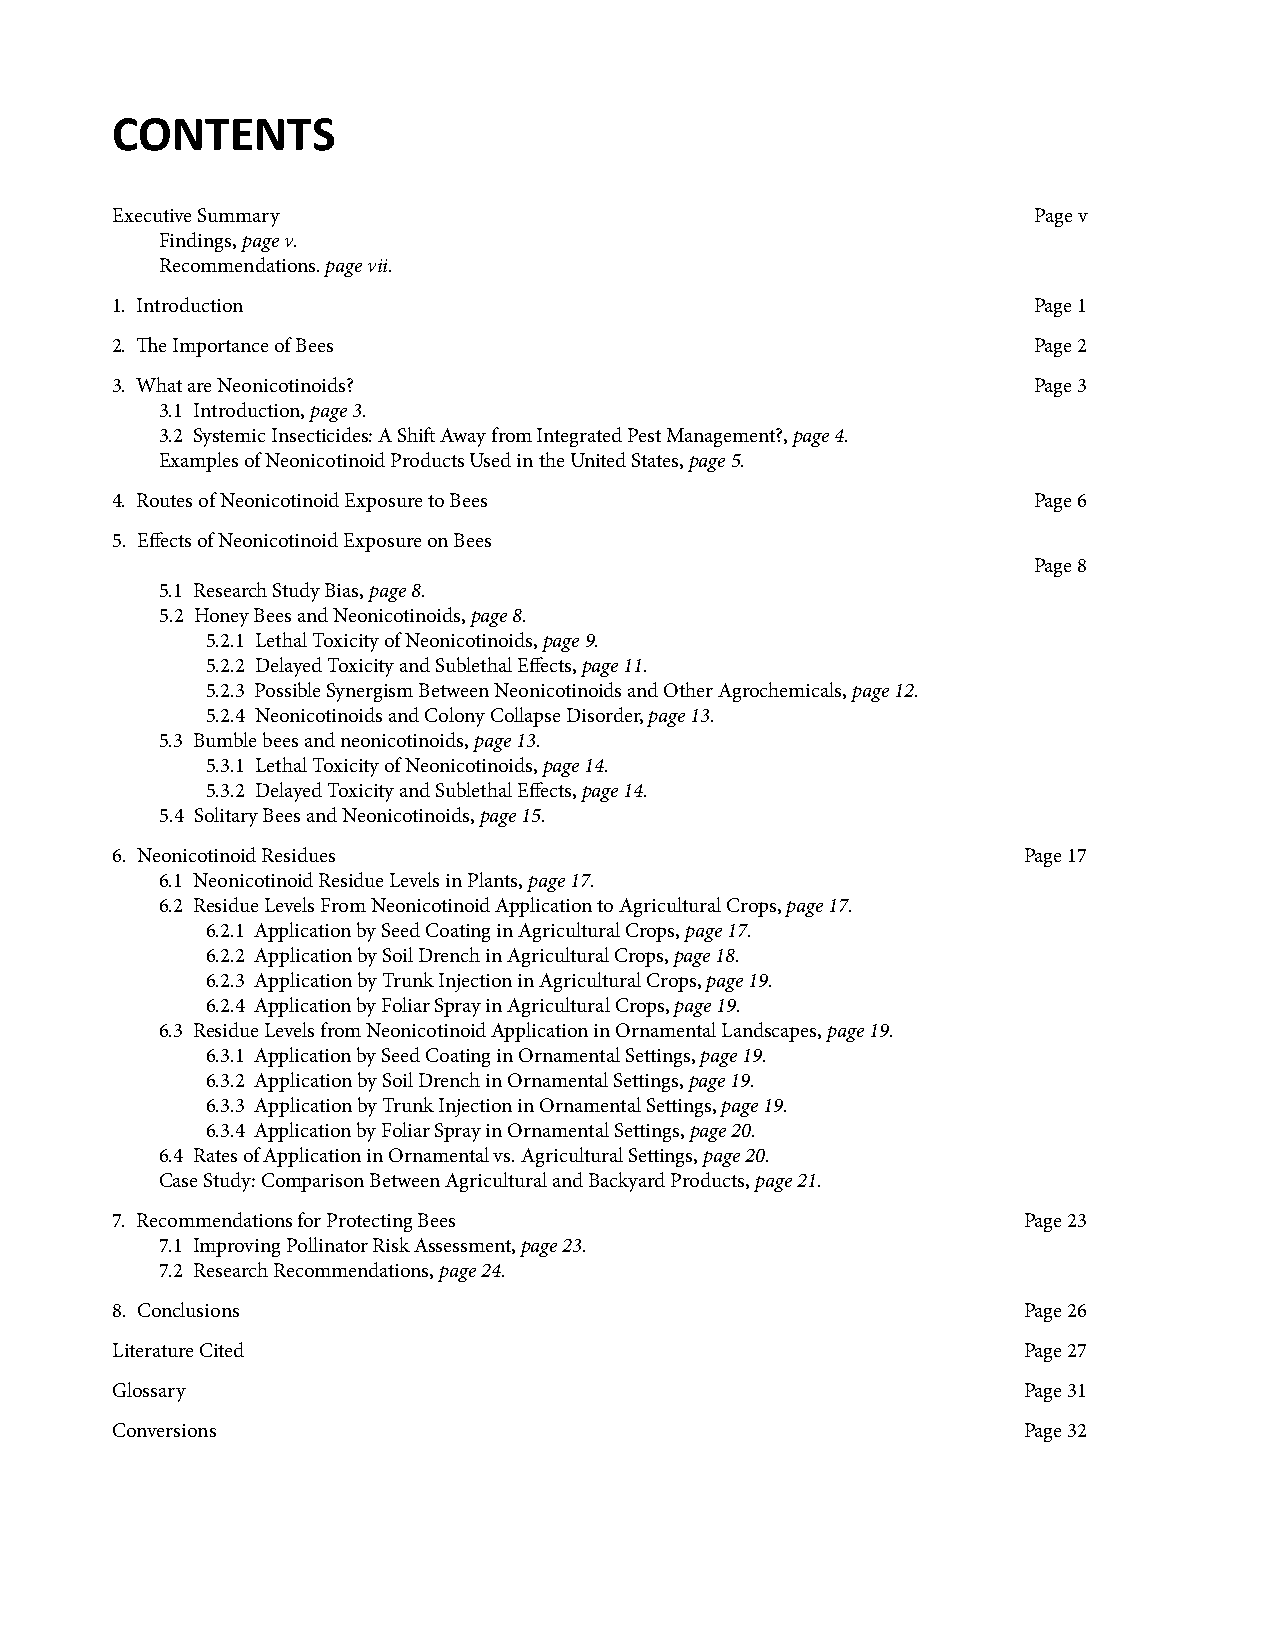
CONTENTS
 Executive Summary                                            Page v
 Findings, page v.
 Recommendations. page vii.
 1. Introduction                                              Page 1
 2. The Importance of Bees                                    Page 2
 3. What are Neonicotinoids?                                  Page 3
 3.1 Introduction, page 3.
 3.2 Systemic Insecticides: A Shift Away from Integrated Pest Management?, page 4.
 Examples of Neonicotinoid Products Used in the United States, page 5.
 4. Routes of Neonicotinoid Exposure to Bees                  Page 6
 5. Effects of Neonicotinoid Exposure on Bees
 Page 8
 5.1 Research Study Bias, page 8.
 5.2 Honey Bees and Neonicotinoids, page 8.
 5.2.1 Lethal Toxicity of Neonicotinoids, page 9.
 5.2.2 Delayed Toxicity and Sublethal Effects, page 11.
 5.2.3 Possible Synergism Between Neonicotinoids and Other Agrochemicals, page 12.
 5.2.4 Neonicotinoids and Colony Collapse Disorder, page 13.
 5.3 Bumble bees and neonicotinoids, page 13.
 5.3.1 Lethal Toxicity of Neonicotinoids, page 14.
 5.3.2 Delayed Toxicity and Sublethal Effects, page 14.
 5.4 Solitary Bees and Neonicotinoids, page 15.
 6. Neonicotinoid Residues                                    Page 17
 6.1 Neonicotinoid Residue Levels in Plants, page 17.
 6.2 Residue Levels From Neonicotinoid Application to Agricultural Crops, page 17.
 6.2.1 Application by Seed Coating in Agricultural Crops, page 17.
 6.2.2 Application by Soil Drench in Agricultural Crops, page 18.
 6.2.3 Application by Trunk Injection in Agricultural Crops, page 19.
 6.2.4 Application by Foliar Spray in Agricultural Crops, page 19.
 6.3 Residue Levels from Neonicotinoid Application in Ornamental Landscapes, page 19.
 6.3.1 Application by Seed Coating in Ornamental Settings, page 19.
 6.3.2 Application by Soil Drench in Ornamental Settings, page 19.
 6.3.3 Application by Trunk Injection in Ornamental Settings, page 19.
 6.3.4 Application by Foliar Spray in Ornamental Settings, page 20.
 6.4 Rates of Application in Ornamental vs. Agricultural Settings, page 20.
 Case Study: Comparison Between Agricultural and Backyard Products, page 21.
 7. Recommendations for Protecting Bees                       Page 23
 7.1 Improving Pollinator Risk Assessment, page 23.
 7.2 Research Recommendations, page 24.
 8. Conclusions                                               Page 26
 Literature Cited                                             Page 27
 Glossary                                                     Page 31
 Conversions                                                  Page 32